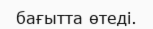
бағытта өтеді.